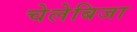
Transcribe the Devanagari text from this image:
चेलेबिजा